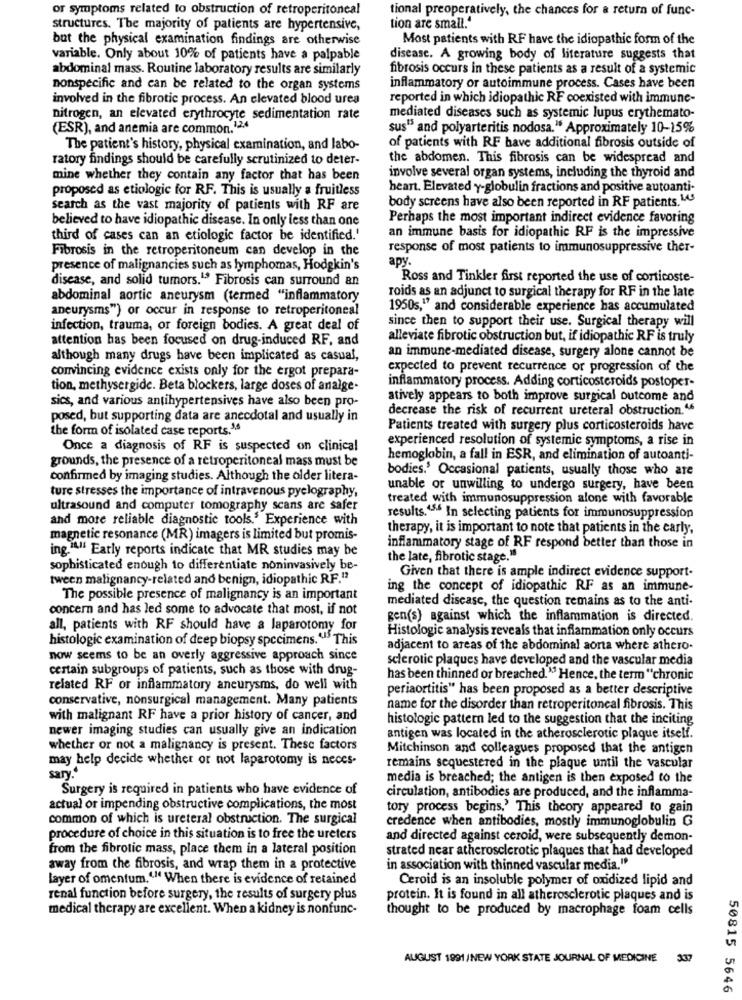
or symptoms related to obstruction of retroperitoneal
tional preoperatively, the chances for a return of func-
tion are small."
structures. The majority of patients are hypertensive,
but the physical examination findings are otherwise
Most patients with RF have the idiopathic form of the
variable. Only about 10% of patients have a palpable
disease. A growing body of literature suggests that
abdominal mass. Routine laboratory results are similarly
fibrosis occurs in these patients as a result of a systemic
nonspecific and can be related to the organ systems
inflammatory or autoimmune process. Cases have been
involved in the fibrotic process. An elevated blood urea
reported in which idiopathic RF coexisted with immune-
nitrogen, an elevated erythrocyte sedimentation rate
mediated diseases such as systemic lupus erythemato-
(ESR), and anemia are common,12,4
sus" and polyarteritis nodosa." Approximately 10-15%
The patient's history, physical examination, and labo-
of patients with RF have additional fibrosis outside of
ratory findings should be carefully scrutinized to deter-
the abdomen. This fibrosis can be widespread and
involve several organ systems, including the thyroid and
mine whether they contain any factor that has been
proposed as etiologic for RF. This is usually a fruitless
heart. Elevated y-globulin fractions and positive autoanti-
body screens have also been reported in RF patients. 143
search as the vast majority of patients with RF are
believed to have idiopathic disease. In only less than one
Perhaps the most important indirect evidence favoring
an immune basis for idiopathic RF is the impressive
third of cases can an etiologic factor be identified.'
Fibrosis in the retroperitoneum can develop in the
response of most patients to immunosuppressive ther-
apy.
presence of malignancies such as lymphomas, Hodgkin's
disease, and solid tumors.13 Fibrosis can surround an
Ross and Tinkler first reported the use of corticoste-
roids as an adjunct to surgical therapy for RF in the late
abdominal aortic aneurysm (termed "inflammatory
aneurysms") or occur in response to retroperitoneal
1950s,"" and considerable experience has accumulated
since then to support their use. Surgical therapy will
infection, trauma, or foreign bodies. A great deal of
attention has been focused on drug-induced RF, and
alleviate fibrotic obstruction but, if idiopathic RF is truly
although many drugs have been implicated as casual,
an immune-mediated disease, surgery alone cannot be
convincing evidence exists only for the ergot prepara-
expected to prevent recurrence or progression of the
tion, methysergide. Beta blockers, large doses of analge-
inflammatory process. Adding corticosteroids postoper-
sics, and various antihypertensives have also been pro-
atively appears to both improve surgical outcome and
decrease the risk of recurrent ureteral obstruction.46
posed, but supporting data are anecdotal and usually in
the form of isolated case reports.3.4
Patients treated with surgery plus corticosteroids have
experienced resolution of systemic symptoms, a rise in
Once a diagnosis of RF is suspected on clinical
grounds, the presence of a retroperitoneal mass must be
hemoglobin, a fall in ESR, and elimination of autoanti-
bodies.' Occasional patients, usually those who are
confirmed by imaging studies. Although the older litera-
ture stresses the importance of intravenous pyclography,
unable or unwilling to undergo surgery, have been
treated with immunosuppression alone with favorable
ultrasound and computer tomography scans are safer
and more reliable diagnostic tools.5 Experience with
results.45 In selecting patients for immunosuppression
therapy, it is important to note that patients in the early,
magnetic resonance (MR) imagers is limited but promis-
ing."." Early reports indicate that MR studies may be
inflammatory stage of RF respond better than those in
the late, fibrotic stage."
sophisticated enough to differentiate noninvasively be-
tween malignancy-related and benign, idiopathic RF.13
Given that there is ample indirect evidence support-
ing the concept of idiopathic RF as an immune-
The possible presence of malignancy is an important
mediated disease, the question remains as to the anti-
concern and has led some to advocate that most, if not
gen(s) against which the inflammation is directed.
all, patients with RF should have a laparotomy for
Histologic analysis reveals that inflammation only occurs
histologic examination of deep biopsy specimens."This
adjacent to areas of the abdominal aorta where athero-
now seems to be an overly aggressive approach since
sclerotic plaques have developed and the vascular media
certain subgroups of patients, such as those with drug-
has been thinned or breached." Hence, the term "chronic
related RF or inflammatory aneurysms, do well with
periaortitis" has been proposed as a better descriptive
conservative, nonsurgical management. Many patients
name for the disorder than retroperitoneal fibrosis. This
with malignant RF have a prior history of cancer, and
histologic pattern led to the suggestion that the inciting
newer imaging studies can usually give an indication
antigen was located in the atherosclerotic plaque itself.
whether or not a malignancy is present. These factors
Mitchinson and colleagues proposed that the antigen
may help decide whether or not laparotomy is neces-
remains sequestered in the plaque until the vascular
sary."
media is breached; the antigen is then exposed to the
Surgery is required in patients who have evidence of
circulation, antibodies are produced, and the inflamma-
actual or impending obstructive complications, the most
tory process begins.' This theory appeared to gain
common of which is ureteral obstruction. The surgical
credence when antibodies, mostly immunoglobulin G
procedure of choice in this situation is to free the ureters
and directed against ceroid, were subsequently demon-
from the fibrotic mass, place them in a lateral position
strated near atherosclerotic plaques that had developed
away from the fibrosis, and wrap them in a protective
in association with thinned vascular media."
layer of omentum."" When there is evidence of retained
Ceroid is an insoluble polymer of oxidized lipid and
renal function before surgery, the results of surgery plus
protein. It is found in all atherosclerotic plaques and is
medical therapy are excellent. When a kidney is nonfunc-
thought to be produced by macrophage foam cells
AUGUST 1991 /NEW YORK STATE JOURNAL OF MEDICINE 337
50815 5646